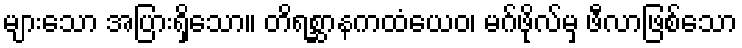
များသော အပြားရှိသော။ တိရစ္ဆာနကထံယေဝ၊ မဂ်ဖိုလ်မှ ဖီလာဖြစ်သော